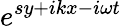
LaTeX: e^{sy+ikx-i\omega t}